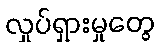
လှုပ်ရှားမှုတွေ